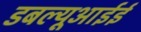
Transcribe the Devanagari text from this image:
डबल्यूआईई